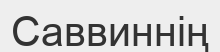
Саввиннің